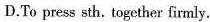
D.To preas sth. Together fimly.